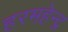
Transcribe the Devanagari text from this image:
हरमहेन्द्र